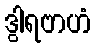
ဒွါရဗာဟံ